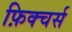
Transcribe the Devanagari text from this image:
फ़िक्चर्स